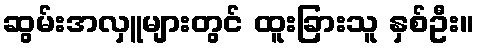
ဆွမ်းအလှူများတွင် ထူးခြားသူ နှစ်ဦး။